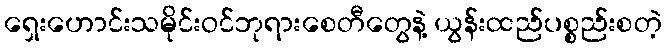
ရှေးဟောင်းသမိုင်းဝင်ဘုရားစေတီတွေနဲ့ ယွန်းထည်ပစ္စည်းစတဲ့